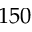
1 5 0